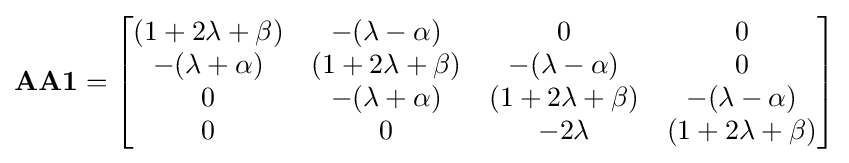
\mathbf {AA1} ={\begin{bmatrix}(1+2\lambda +\beta )&-(\lambda -\alpha )&0&0\\-(\lambda +\alpha )&(1+2\lambda +\beta )&-(\lambda -\alpha )&0\\0&-(\lambda +\alpha )&(1+2\lambda +\beta )&-(\lambda -\alpha )\\0&0&-2\lambda &(1+2\lambda +\beta )\end{bmatrix}}